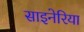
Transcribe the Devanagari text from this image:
साइनेरिया